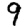
Digit: 9